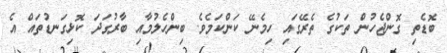
ބޮޑެތި ގޮންޖެހުން ތަކުގެ ތެރޭގައި ހިމެނޭ ކަންކަމެވެ. ބިންހެލުމާއި ބާރުގަދަ ކޮޅިގަނޑުތައް އެ